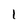
Character: 1